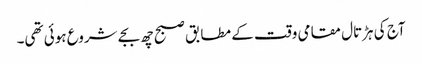
آج کی ہڑتال مقامی وقت کے مطابق صبح چھ بجے شروع ہوئی تھی۔